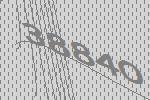
38840